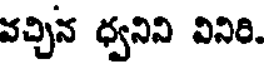
వచ్చిన ధ్వనిని వినిరి.